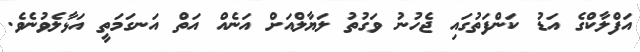
އަފްލާކްގެ އަޑު ކަންފަތުގައި ޖެހުނު ވަގުތު ލަޔާލްއަށް އަނެއް އަތް އަނގަމަތީ އަޅާލެވުނެވެ.